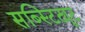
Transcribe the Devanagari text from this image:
सब्स्टिट्यूट